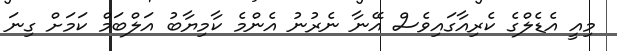
މިއީ އެޑެލްގެ ކެރިއާގައިވެސް އޭނާ ނެރުނު އެންމެ ކާމިޔާބު އަލްބަމް ކަމަށް ގިނަ